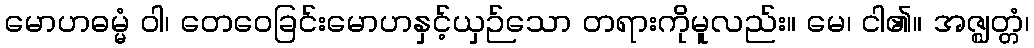
မောဟဓမ္မံ ဝါ၊ တေဝေခြင်းမောဟနှင့်ယှဉ်သော တရားကိုမူလည်း။ မေ၊ ငါ၏။ အဇ္ဈတ္တံ၊